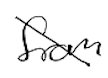
Text: from
Cross-out: diagonal
Writing tool: digital_black